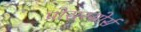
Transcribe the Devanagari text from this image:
प्रोसस्सोर्स